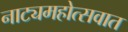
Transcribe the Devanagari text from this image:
नाट्यमहोत्सवात